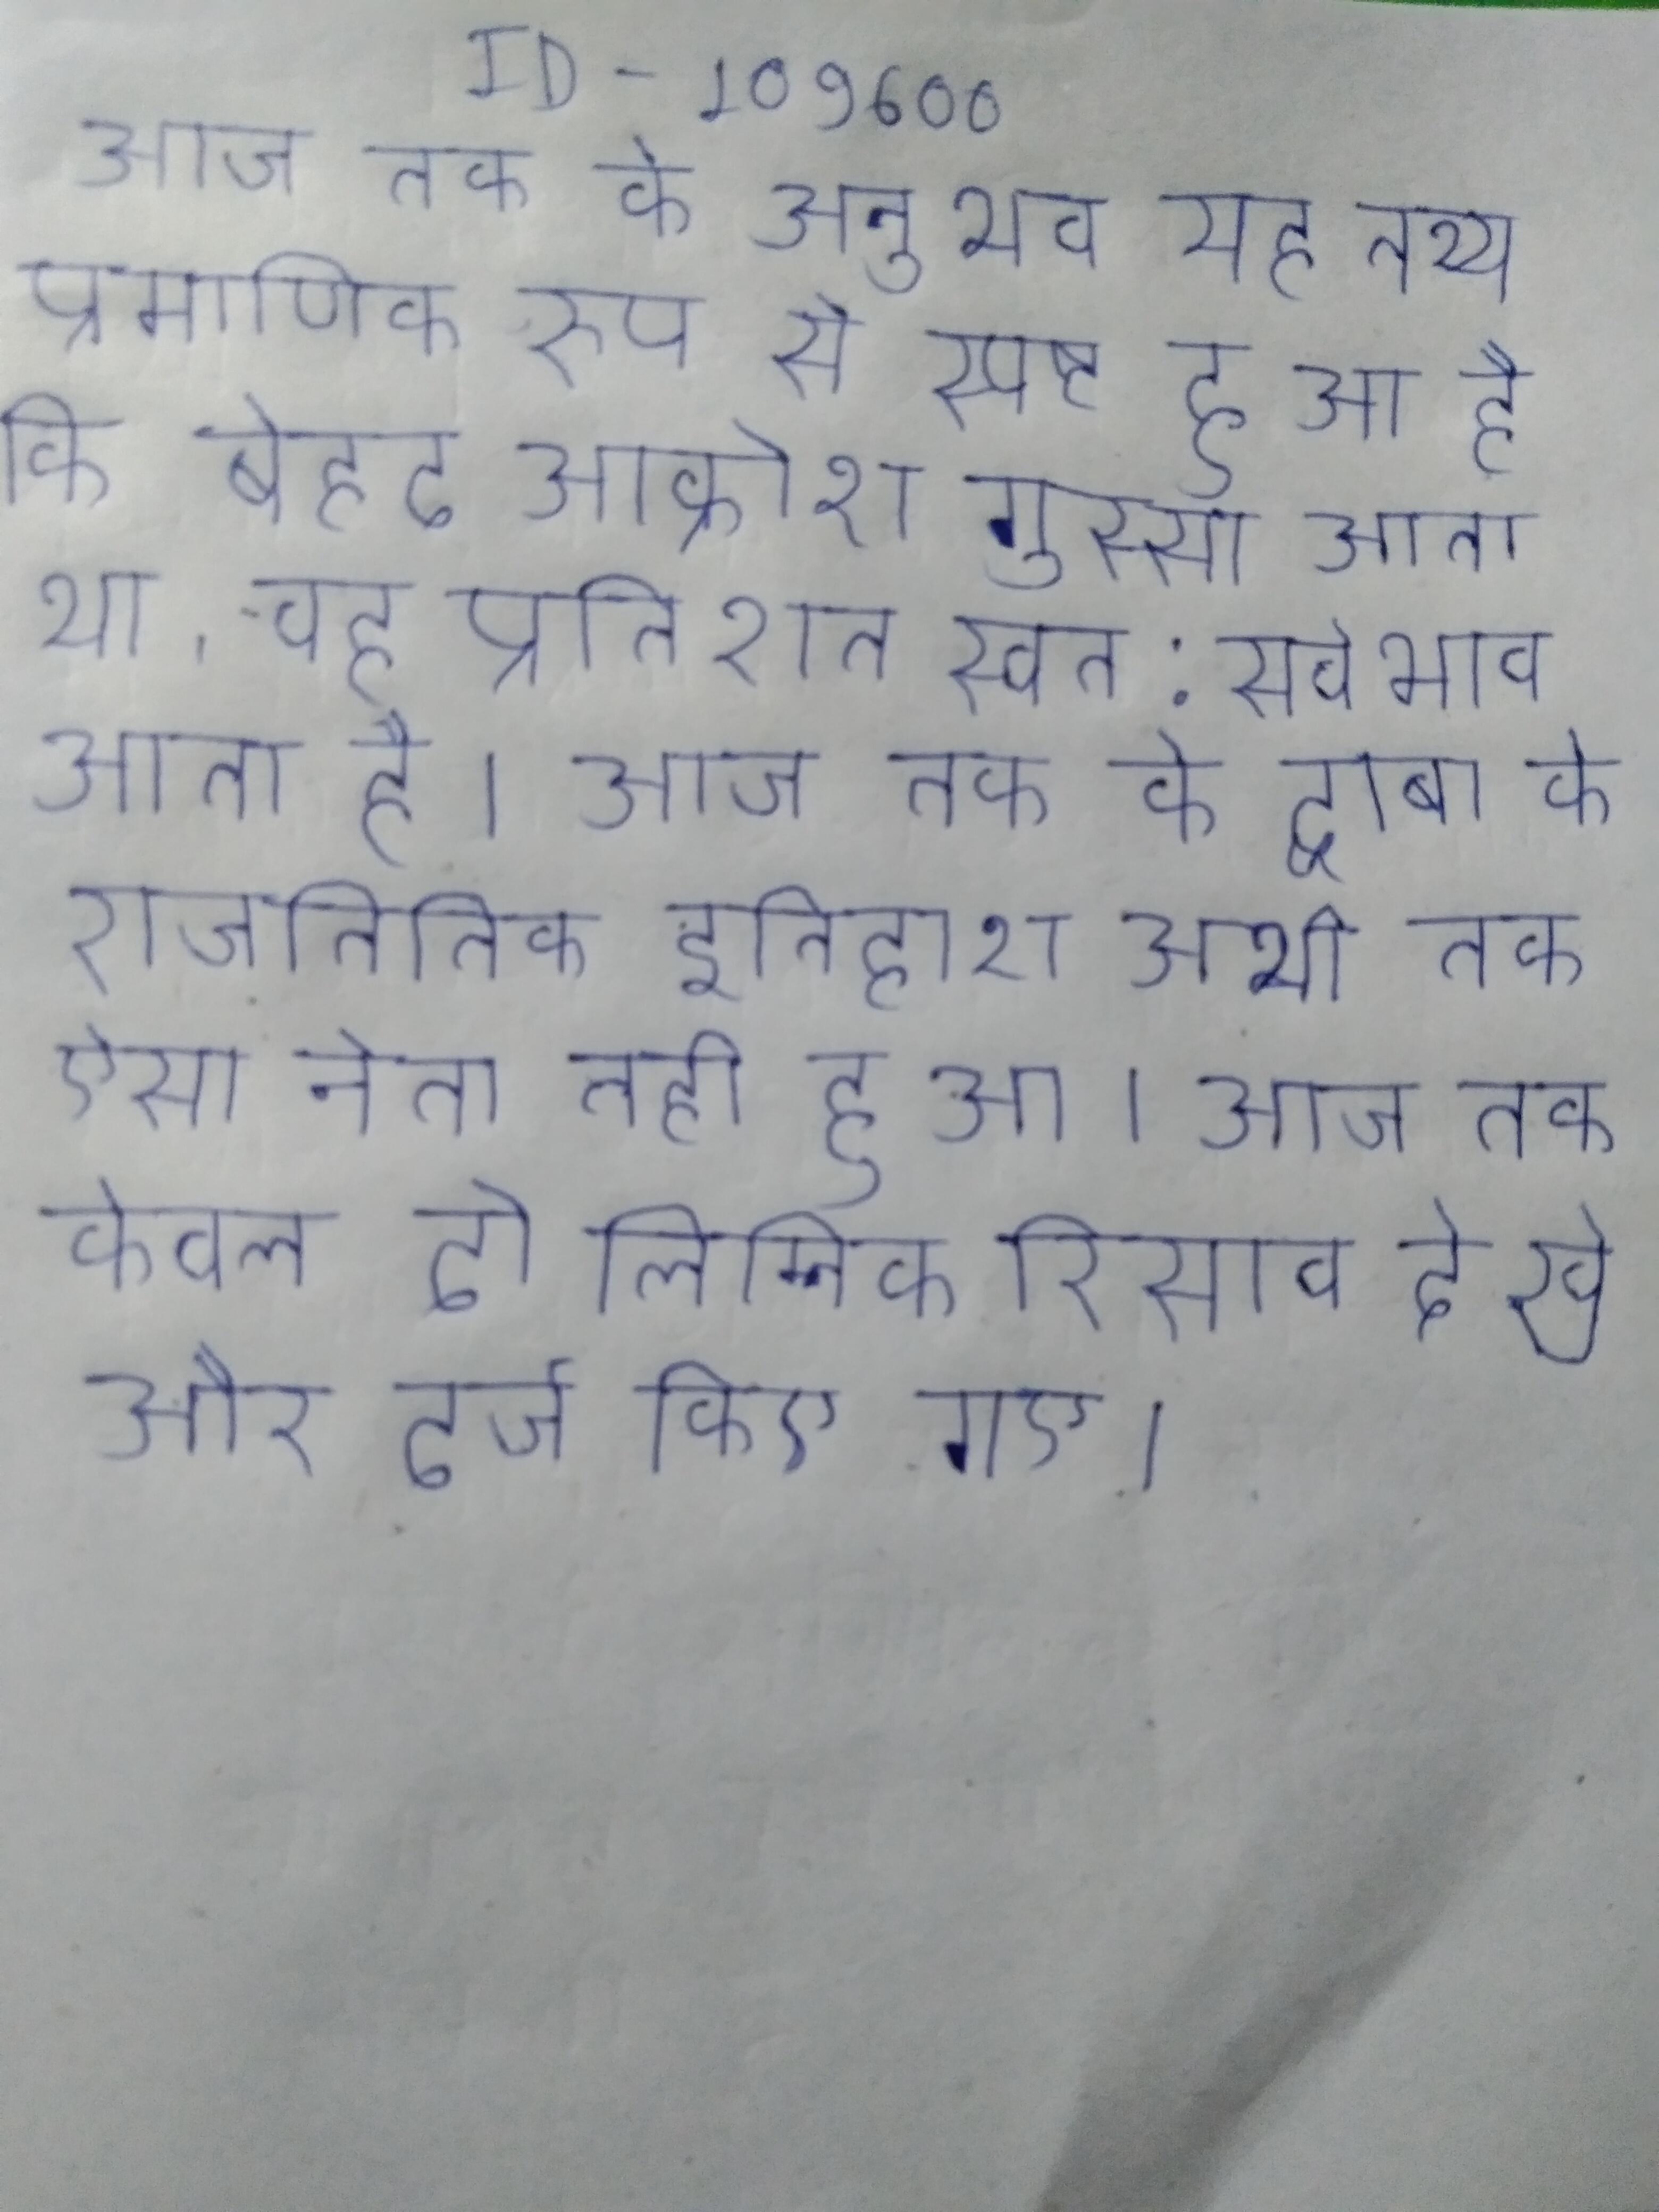
आज तक के अनुभव यह तथ्य प्रमाणिक रुप से स्पष्ट हुआ है कि बेहद आक्रोश गुस्सा आता था, वह प्रतिशत स्वत: सर्वभाव आता है । आज तक के द्वाबा के राजनितिक इतिहाश अभी तक ऐसा नेता नही हुआ । आज तक केवल दो लिम्निक रिसाव देखे और दर्ज किए गए ।